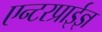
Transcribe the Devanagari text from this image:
एन्टरप्राईज्ञ